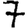
Digit: 7